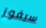
سيفوز